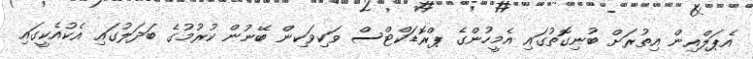
އެޕަލްއިން އިތުރަށް ބުނިގޮތުގައި އެމީހުންގެ ޕްރޮޑަކްޓްސް ވަކިވަކިން ބޭނުން ކުރުމުގެ ބަދަލުގައި އެކުއެކީގައި